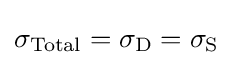
\sigma _{\mathrm {Total} }=\sigma _{\rm {D}}=\sigma _{\rm {S}}